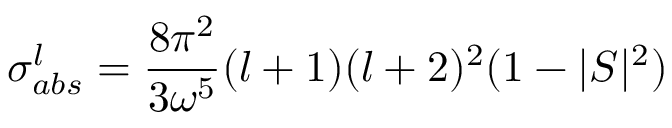
\sigma _ { a b s } ^ { l } = \frac { 8 \pi ^ { 2 } } { 3 { \omega } ^ { 5 } } ( l + 1 ) ( l + 2 ) ^ { 2 } ( 1 - | S | ^ { 2 } )